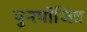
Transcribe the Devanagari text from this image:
पुनर्योजित्र